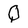
Character: Q